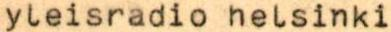
yleisradio helsinki